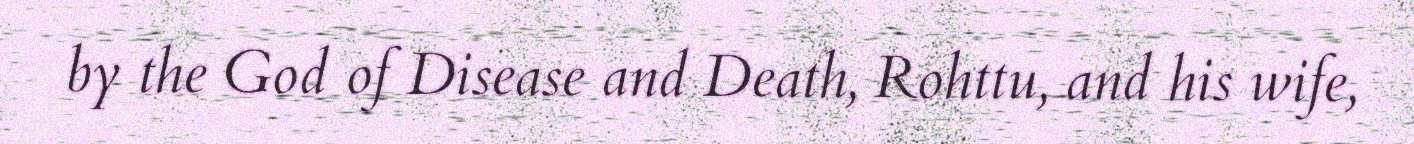
by the God of Disease and Death, Rohttu, and his wife,